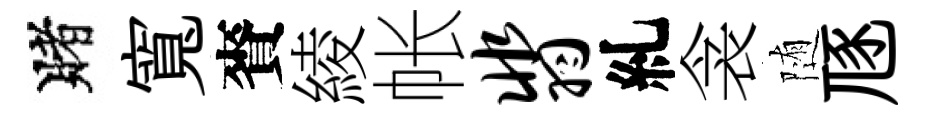
賭寬賚綾帐翡糺衾随豗